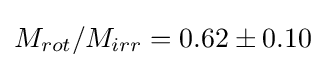
M_{rot}/M_{irr}=0.62\pm 0.10